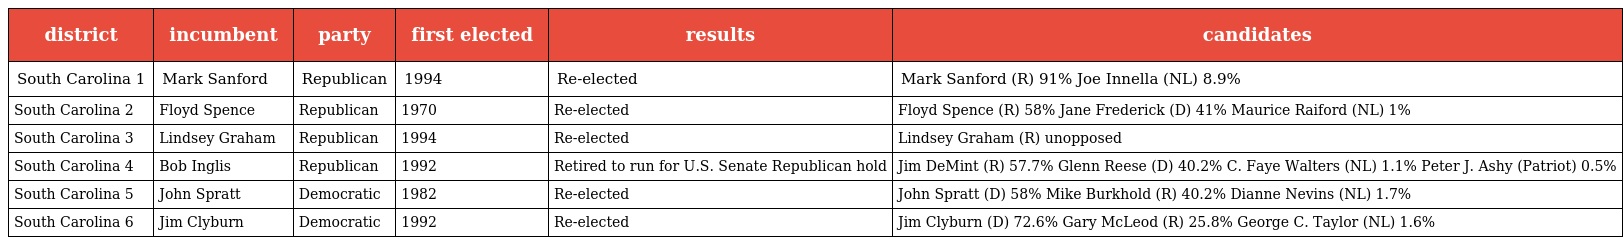
| district | incumbent | party | first elected | results | candidates |
 | --- | --- | --- | --- | --- | --- |
 | South Carolina 1 | Mark Sanford | Republican | 1994 | Re-elected | Mark Sanford (R) 91% Joe Innella (NL) 8.9% |
 | South Carolina 2 | Floyd Spence | Republican | 1970 | Re-elected | Floyd Spence (R) 58% Jane Frederick (D) 41% Maurice Raiford (NL) 1% |
 | South Carolina 3 | Lindsey Graham | Republican | 1994 | Re-elected | Lindsey Graham (R) unopposed |
 | South Carolina 4 | Bob Inglis | Republican | 1992 | Retired to run for U.S. Senate Republican hold | Jim DeMint (R) 57.7% Glenn Reese (D) 40.2% C. Faye Walters (NL) 1.1% Peter J. Ashy (Patriot) 0.5% |
 | South Carolina 5 | John Spratt | Democratic | 1982 | Re-elected | John Spratt (D) 58% Mike Burkhold (R) 40.2% Dianne Nevins (NL) 1.7% |
 | South Carolina 6 | Jim Clyburn | Democratic | 1992 | Re-elected | Jim Clyburn (D) 72.6% Gary McLeod (R) 25.8% George C. Taylor (NL) 1.6% |